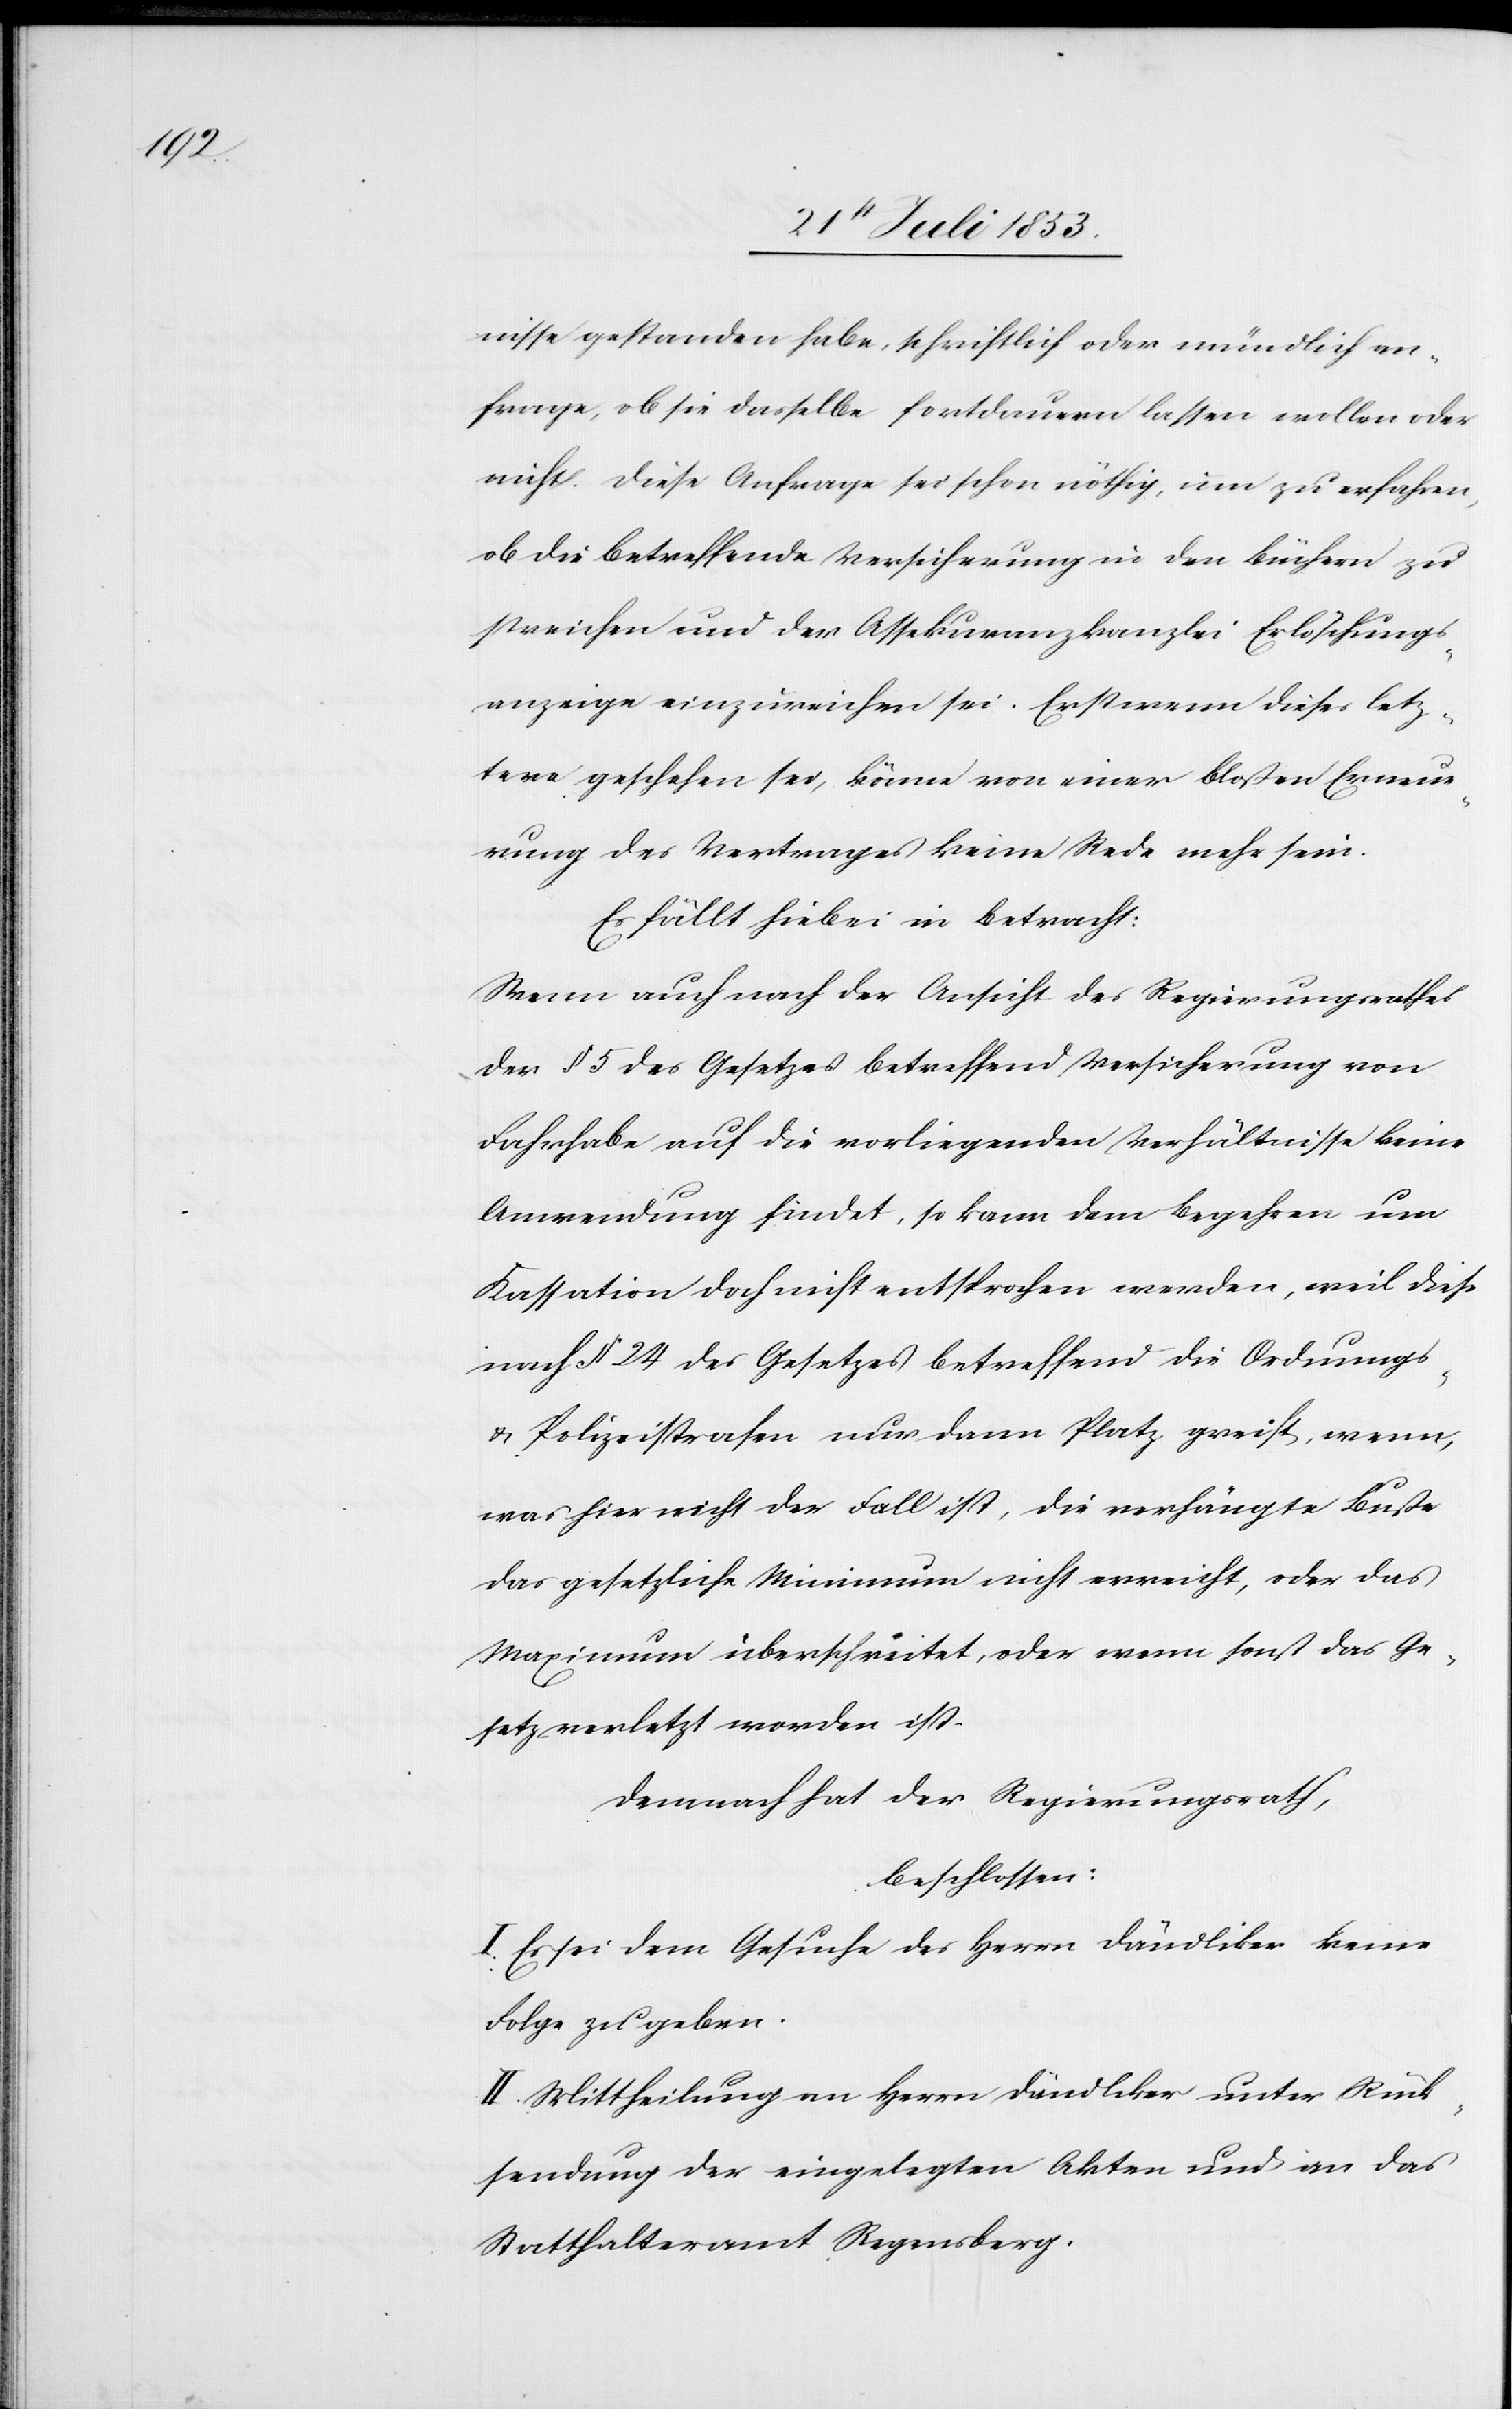
nisse gestanden habe, schriftlich oder mündlich an¬
frage, ob sie dasselbe fortdauern lassen wollen oder
nicht. Diese Anfrage sei schon nöthig, um zu erfahren,
ob die betreffende Versicherung in den Büchern zu
streichen und der Assekuranzkanzlei Erlöschungs¬
anzeige einzureichen sei. Erst wenn dieses letz¬
tere geschehen sei, könne von einer bloßen Erneue¬
rung des Vertrages keine Rede mehr sein.
Es fällt hiebei in Betracht:
Wenn auch nach der Ansicht des Regierungsrathes
der § 5 des Gesetzes betreffend Versicherung von
Fahrhabe auf die vorliegenden Verhältnisse keine
Anwendung findet, so kann dem Begehren um
Kassation doch nicht entsprochen werden, weil diese
nach § 24 des Gesetzes betreffend die Ordnungs-
u. Polizeistrafen nur dann Platz greift, wenn,
was hier nicht der Fall ist, die verhängte Buße
das gesetzliche Minimum nicht erreicht, oder das
Maximum überschreitet, oder wenn sonst das Ge¬
setz verletzt worden ist.
Demnach hat der Regierungsrath,
beschlossen:
I. Es sei dem Gesuche des Herrn Dändliker keine
Folge zu geben.
II. Mittheilung an Herrn Dändliker unter Rück¬
sendung der eingelegten Akten und an das
Statthalteramt Regensberg.